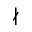
\nmid